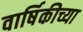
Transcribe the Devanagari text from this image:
वार्षिकीच्या